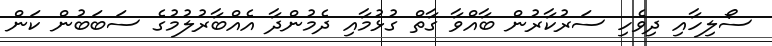
ސޯލިހާއި ދިވެހި ސަރުކާރުން ބާއްވާ ގާތް ގުޅުމާއި ދެމުންދާ އެއްބާރުލުމުގެ ސަބަބުން ކަން